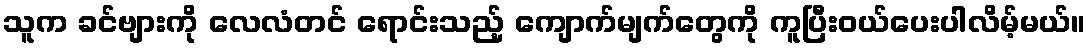
သူက ခင်ဗျားကို လေလံတင် ရောင်းသည့် ကျောက်မျက်တွေကို ကူပြီးဝယ်ပေးပါလိမ့်မယ်။